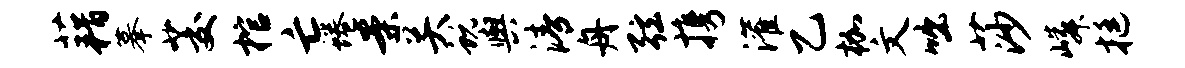
藉摹茭棺亡蜷案关蜕舆清舟弦携灌乙枷文咄莎嶙挺